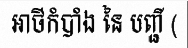
អាថ៌កំបាំង នៃ បញ្ជី (